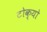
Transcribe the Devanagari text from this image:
टोक्‍यो